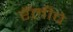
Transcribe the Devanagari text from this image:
रॅलीचे